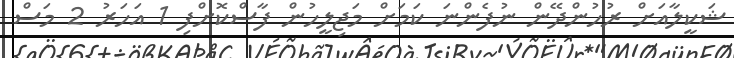
ޝަކީލާއަށް ރުހުންދޭން ނުފެންނަ ކަމަށް މަޖިލީހުން ފާސްކޮށްފި 1 އަހަރު 2 މަސް